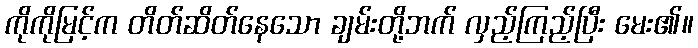
ကိုကိုမြင့်က တိတ်ဆိတ်နေသော ချမ်းတို့ဘက် လှည့်ကြည့်ပြီး မေး၏။